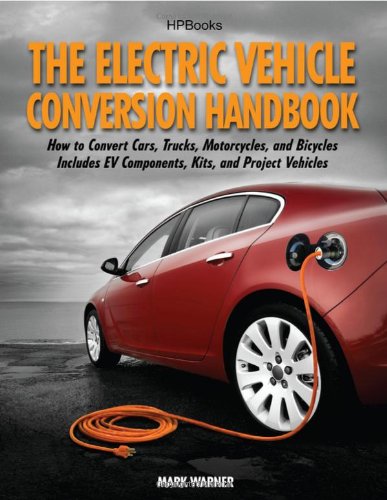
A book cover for The Electric Vehicle Conversion Handbook HP1568; Mark Warner; Engineering & Transportation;